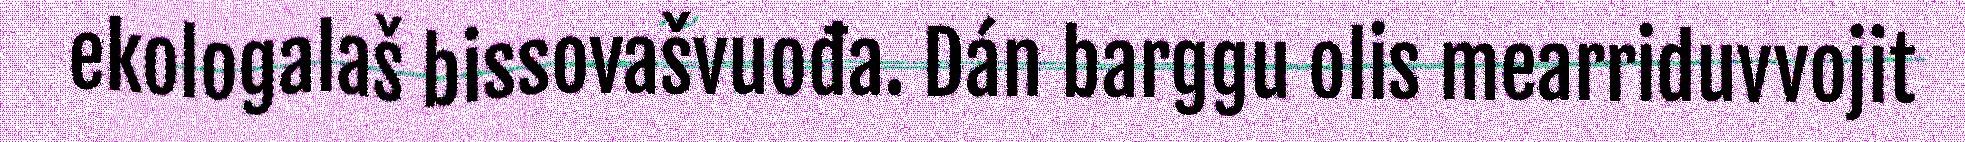
ekologalaš bissovašvuođa. Dán barggu olis mearriduvvojit